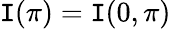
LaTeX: \mathtt{I}(\pi)=\mathtt{I}(0,\pi)